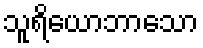
သူရိယောဘာသော